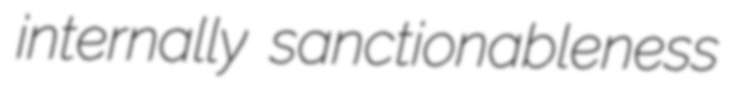
internally sanctionableness